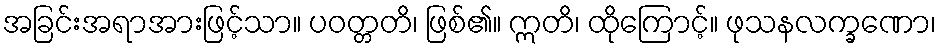
အခြင်းအရာအားဖြင့်သာ။ ပဝတ္တတိ၊ ဖြစ်၏။ ဣတိ၊ ထိုကြောင့်။ ဖုသနလက္ခဏော၊